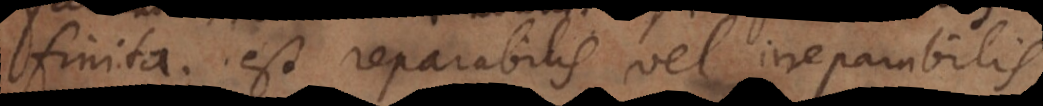
finita; est reparabilis vel irreparabilis.